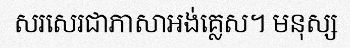
សរសេរជាភាសាអង់គ្លេស។ មនុស្ស